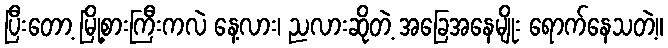
ပြီးတော့ မြို့စားကြီးကလဲ နေ့လား၊ ညလားဆိုတဲ့ အခြေအနေမျိုး ရောက်နေသတဲ့။